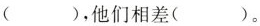
( )，他们相差( )。